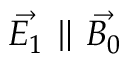
\vec { E _ { 1 } } \parallel \vec { B _ { 0 } }